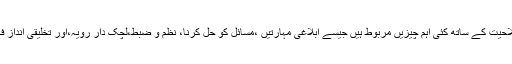
قائدانہ صلاحیت کے ساتھ کئی اہم چیزیں مربوط ہیں جیسے ابلاغی مہارتیں ،مسائل کو حل کرنا، نظم و ضبط،لچک دار رویہ،اور تخلیقی انداز فکر وغیرہ۔